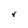
Character: r